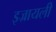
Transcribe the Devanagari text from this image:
इज्रायली